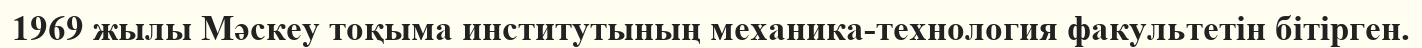
1969 жылы Мәскеу тоқыма институтының механика-технология факультетін бітірген.